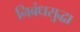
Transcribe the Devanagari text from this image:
निबंधसुद्धा